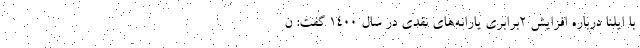
با ایلنا درباره افزایش ۲برابری یارانه‌های نقدی در سال ۱۴۰۰ گفت: ن